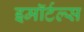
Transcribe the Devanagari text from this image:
इमॉर्टल्स